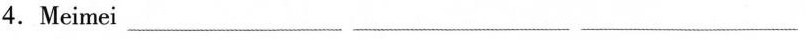
4.Meimei ___ ___ ___